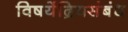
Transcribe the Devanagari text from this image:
विषयेंद्रियसंबंध